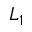
L _ { 1 }